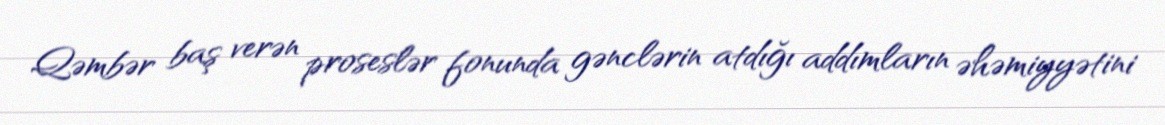
Qəmbər baş verən proseslər fonunda gənclərin atdığı addımların əhəmiyyətini